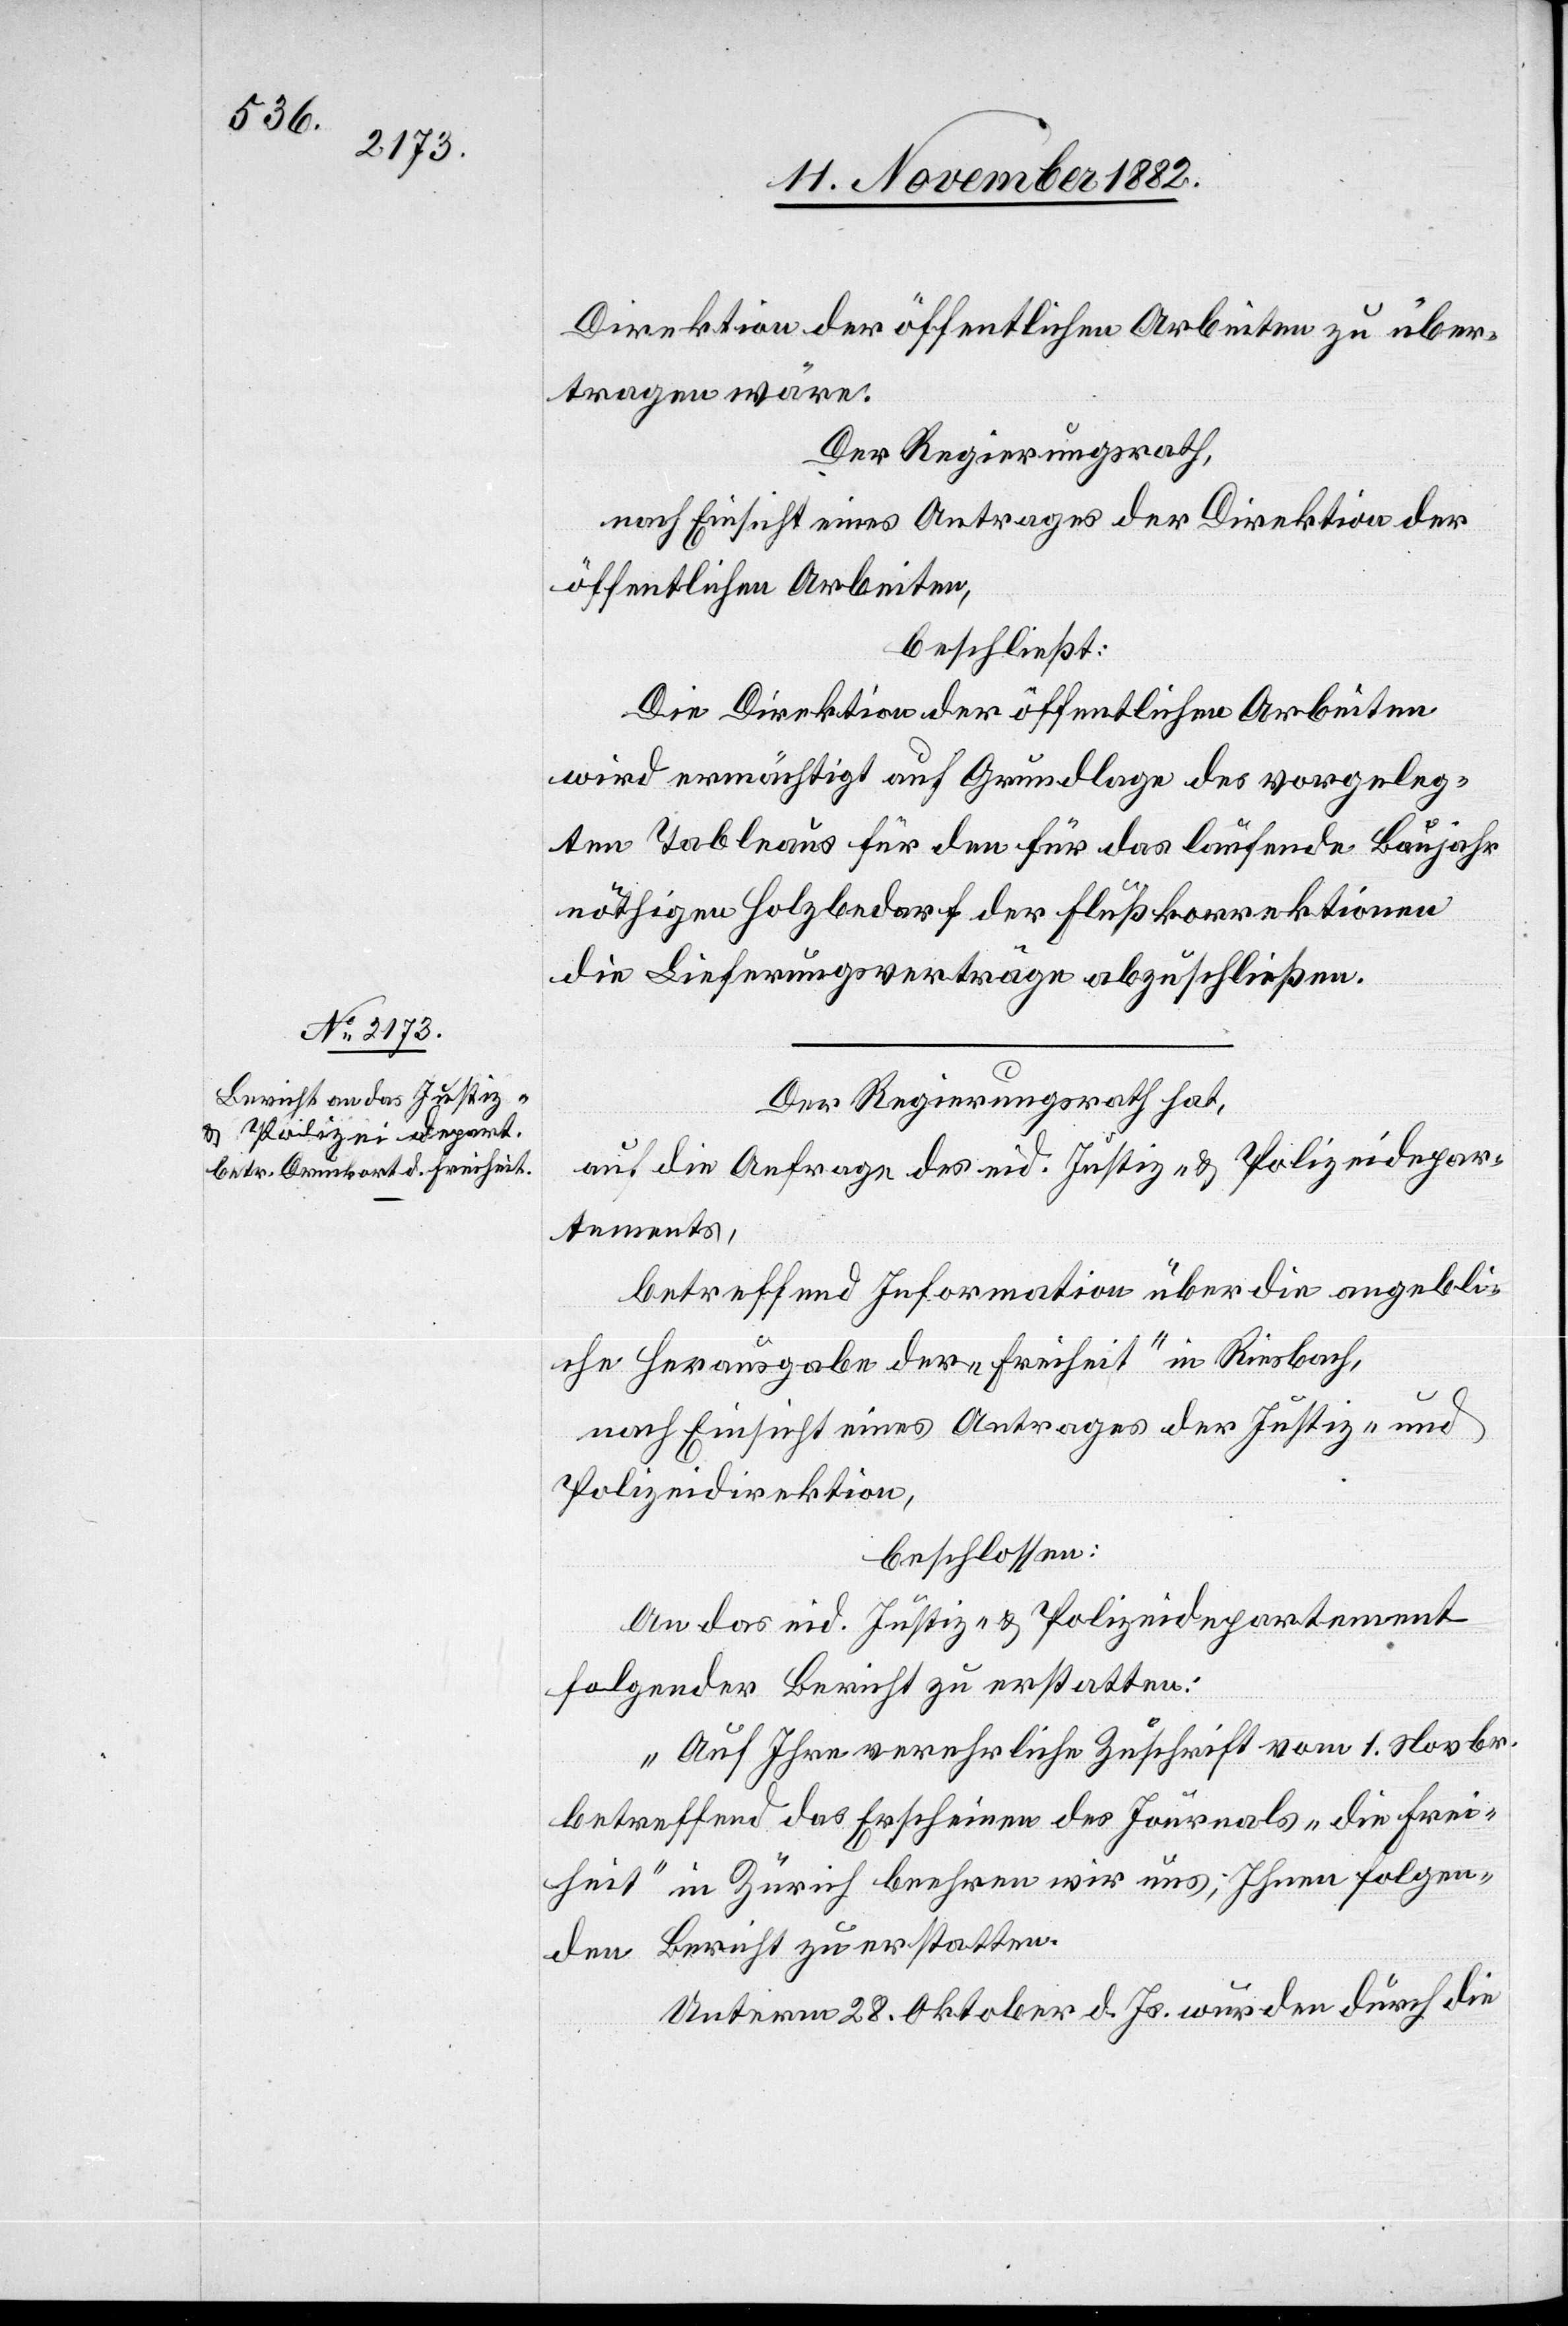
Direktion der öffentlichen Arbeiten zu über¬
tragen wäre.
Der Regierungsrath,
nach Einsicht eines Antrages der Direktion der
öffentlichen Arbeiten,
beschließt:
Die Direktion der öffentlichen Arbeiten
wird ermächtigt auf Grundlage des vorgeleg¬
ten Tableaus für den für das laufende Baujahr
nöthigen Holzbedarf der Flußkorrektionen
die Lieferungsverträge abzuschließen.
Der Regierungsrath hat,
auf die Anfrage des eid. Justiz- & Polizeidepar¬
tements,
betreffend Information über die angebli¬
che Herausgabe der „Freiheit“ in Riesbach,
nach Einsicht eines Antrages der Justiz- und
Polizeidirektion,
beschlossen:
An das eid. Justiz- & Polizeidepartement
folgender Bericht zu erstatten:
„Auf Ihre vernehmliche Zuschrift vom 1. Novbr.
betreffend das Erscheinen des Journals „die Frei¬
heit“ in Zürich beehren wir uns, Ihnen folgen¬
den Bericht zu erstatten.
Unterm 28. Oktober d. Js. wurden durch die